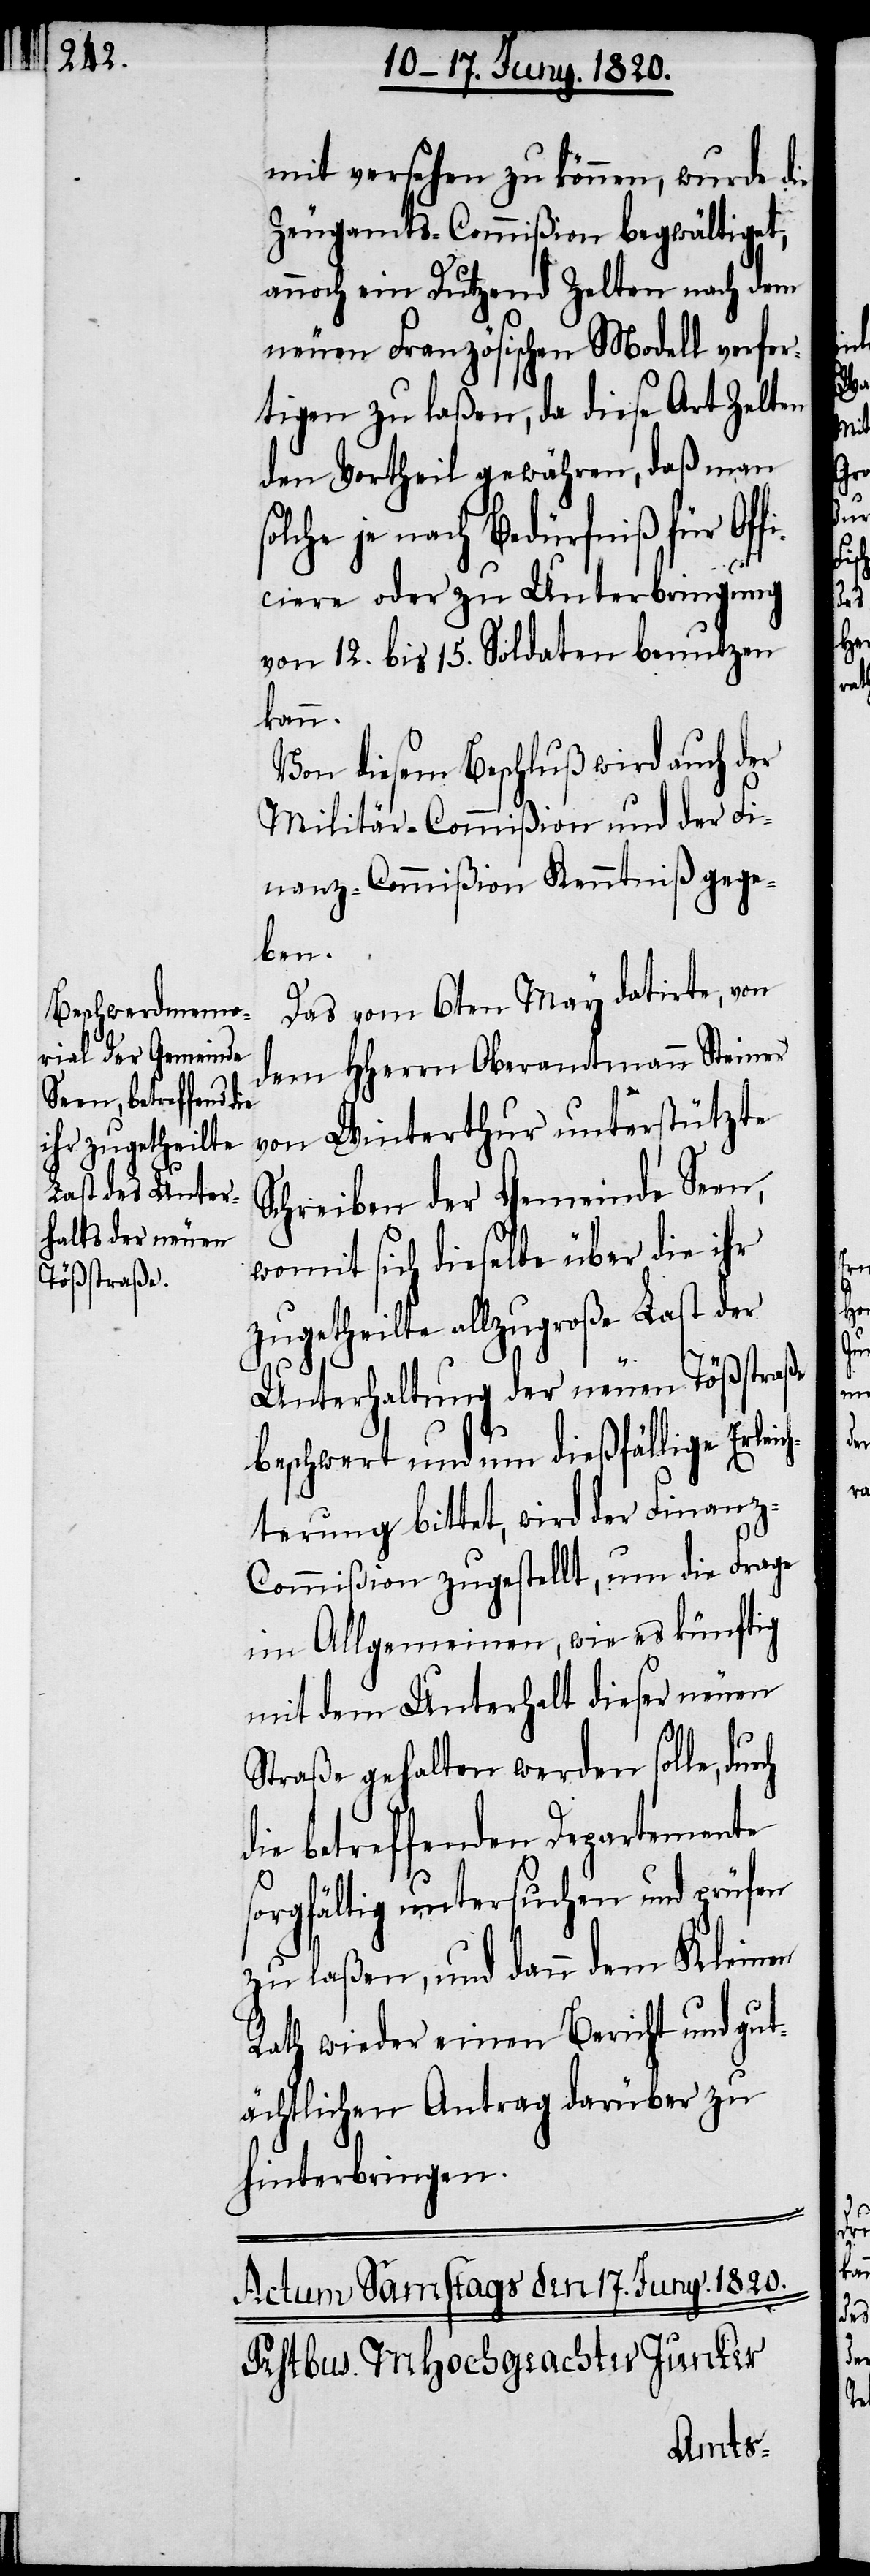
mit versehen zu können, wurde die
Zeugamts-Commiβion begwältiget,
noch ein Dutzend Zelten nach dem
neuen Französischen Modell verfer¬
tigen zu laßen, da diese Art Zelten
den Vortheil gewähren, daß man
je nach Bedürfniß für Of¬
ficiere oder zu Unterbringung
von 12. bis 15. Solldaten benutzen
kann.
Von diesem Beschluß wird auch der
Militär-Commiβion und der Fi¬
nanz-Commiβion Kenntniß gege¬
ben.
Das vom 6zrn May datirte, von
dem Hherrn Oberamtmann Steiner
von Winterthur unterstützte
Schreiben der Gemeinde Seen,
womit sich dieselbe über die ihr
zugetheilte allzugroße Last der
Unterhaltung der neuen Tößstraße
beschwert, und um dießfällige Erleic¬
hterung bittet wird der Finan¬
z-Commiβion zugestellt, um die Frage
im Allgemeinen, wie es künftig
mit dem Unterhalt dieser neuen
Straße gehalten werden solle,
die betreffenden Departemente
sorgfältig untersuchen und prüfen
zu laßen, und dann dem Kleinen
Rath wieder einen Bericht und gut¬
ächtlichen antrag darüber zu
hinterbringen.